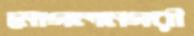
মোগলনগরী